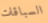
السباقات